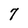
Character: 7